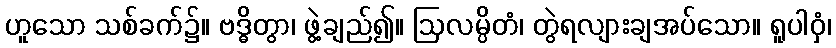
ဟူသော သစ်ခက်၌။ ဗဒ္ဓိတွာ၊ ဖွဲ့ချည်၍။ ဩလမ္ပိတံ၊ တွဲရလျားချအပ်သော။ ရူပါဝှံ၊